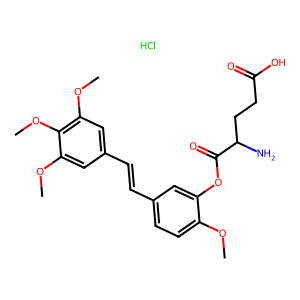
SMILES: COc1ccc(C=Cc2cc(OC)c(OC)c(OC)c2)cc1OC(=O)C(N)CCC(=O)O.Cl
Inhibits HIV replication: No